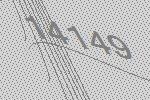
14149